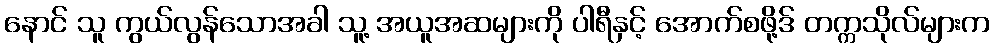
နောင် သူ ကွယ်လွန်သောအခါ သူ့ အယူအဆများကို ပါရီနှင့် အောက်စဖို့ဒ် တက္ကသိုလ်များက